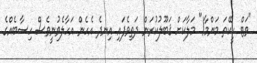
"ވަޓް ކީކޭތަ މަންމާ!" މަލާކަށް ޤަބޫލުކުރަން ދަތިވެފައި އިނދެ އެހެން އަހާލެވުނީވެސް ހިސާބެއްގެ